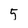
Character: 5